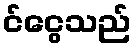
င်ငွေသည်